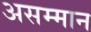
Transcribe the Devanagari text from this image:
असम्मान